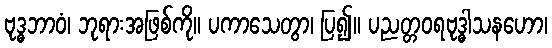
ဗုဒ္ဓဘာဝံ၊ ဘုရားအဖြစ်ကို။ ပကာသေတွာ၊ ပြ၍။ ပညတ္တဝရဗုဒ္ဓါသနဟော၊